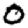
Digit: 0